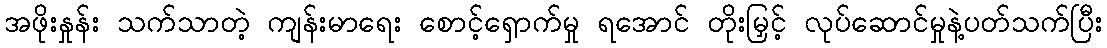
အဖိုးနှုန်း သက်သာတဲ့ ကျန်းမာရေး စောင့်ရှောက်မှု ရအောင် တိုးမြှင့် လုပ်ဆောင်မှုနဲ့ပတ်သက်ပြီး